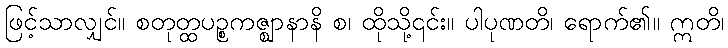
ဖြင့်သာလျှင်။ စတုတ္ထပဉ္စကဇ္ဈာနာနိ စ၊ ထိုသို့၎င်း။ ပါပုဏတိ၊ ရောက်၏။ ဣတိ၊